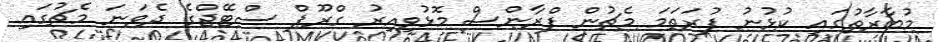
މުބާރާތުގައި ކުޅުނު ފުރަތަމަ މެޗުން ފްރާންސް މޮޅުވިއިރު ގްރޫޕް ސްޓޭޖްގެ ދެވަނަ މެޗުގައި